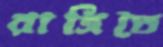
রাত্রিতে